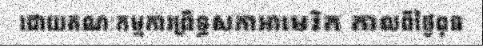
ដោយគណៈកម្មការព្រឹទ្ធសភាអាមេរិក កាលពីថ្ងៃពុធ